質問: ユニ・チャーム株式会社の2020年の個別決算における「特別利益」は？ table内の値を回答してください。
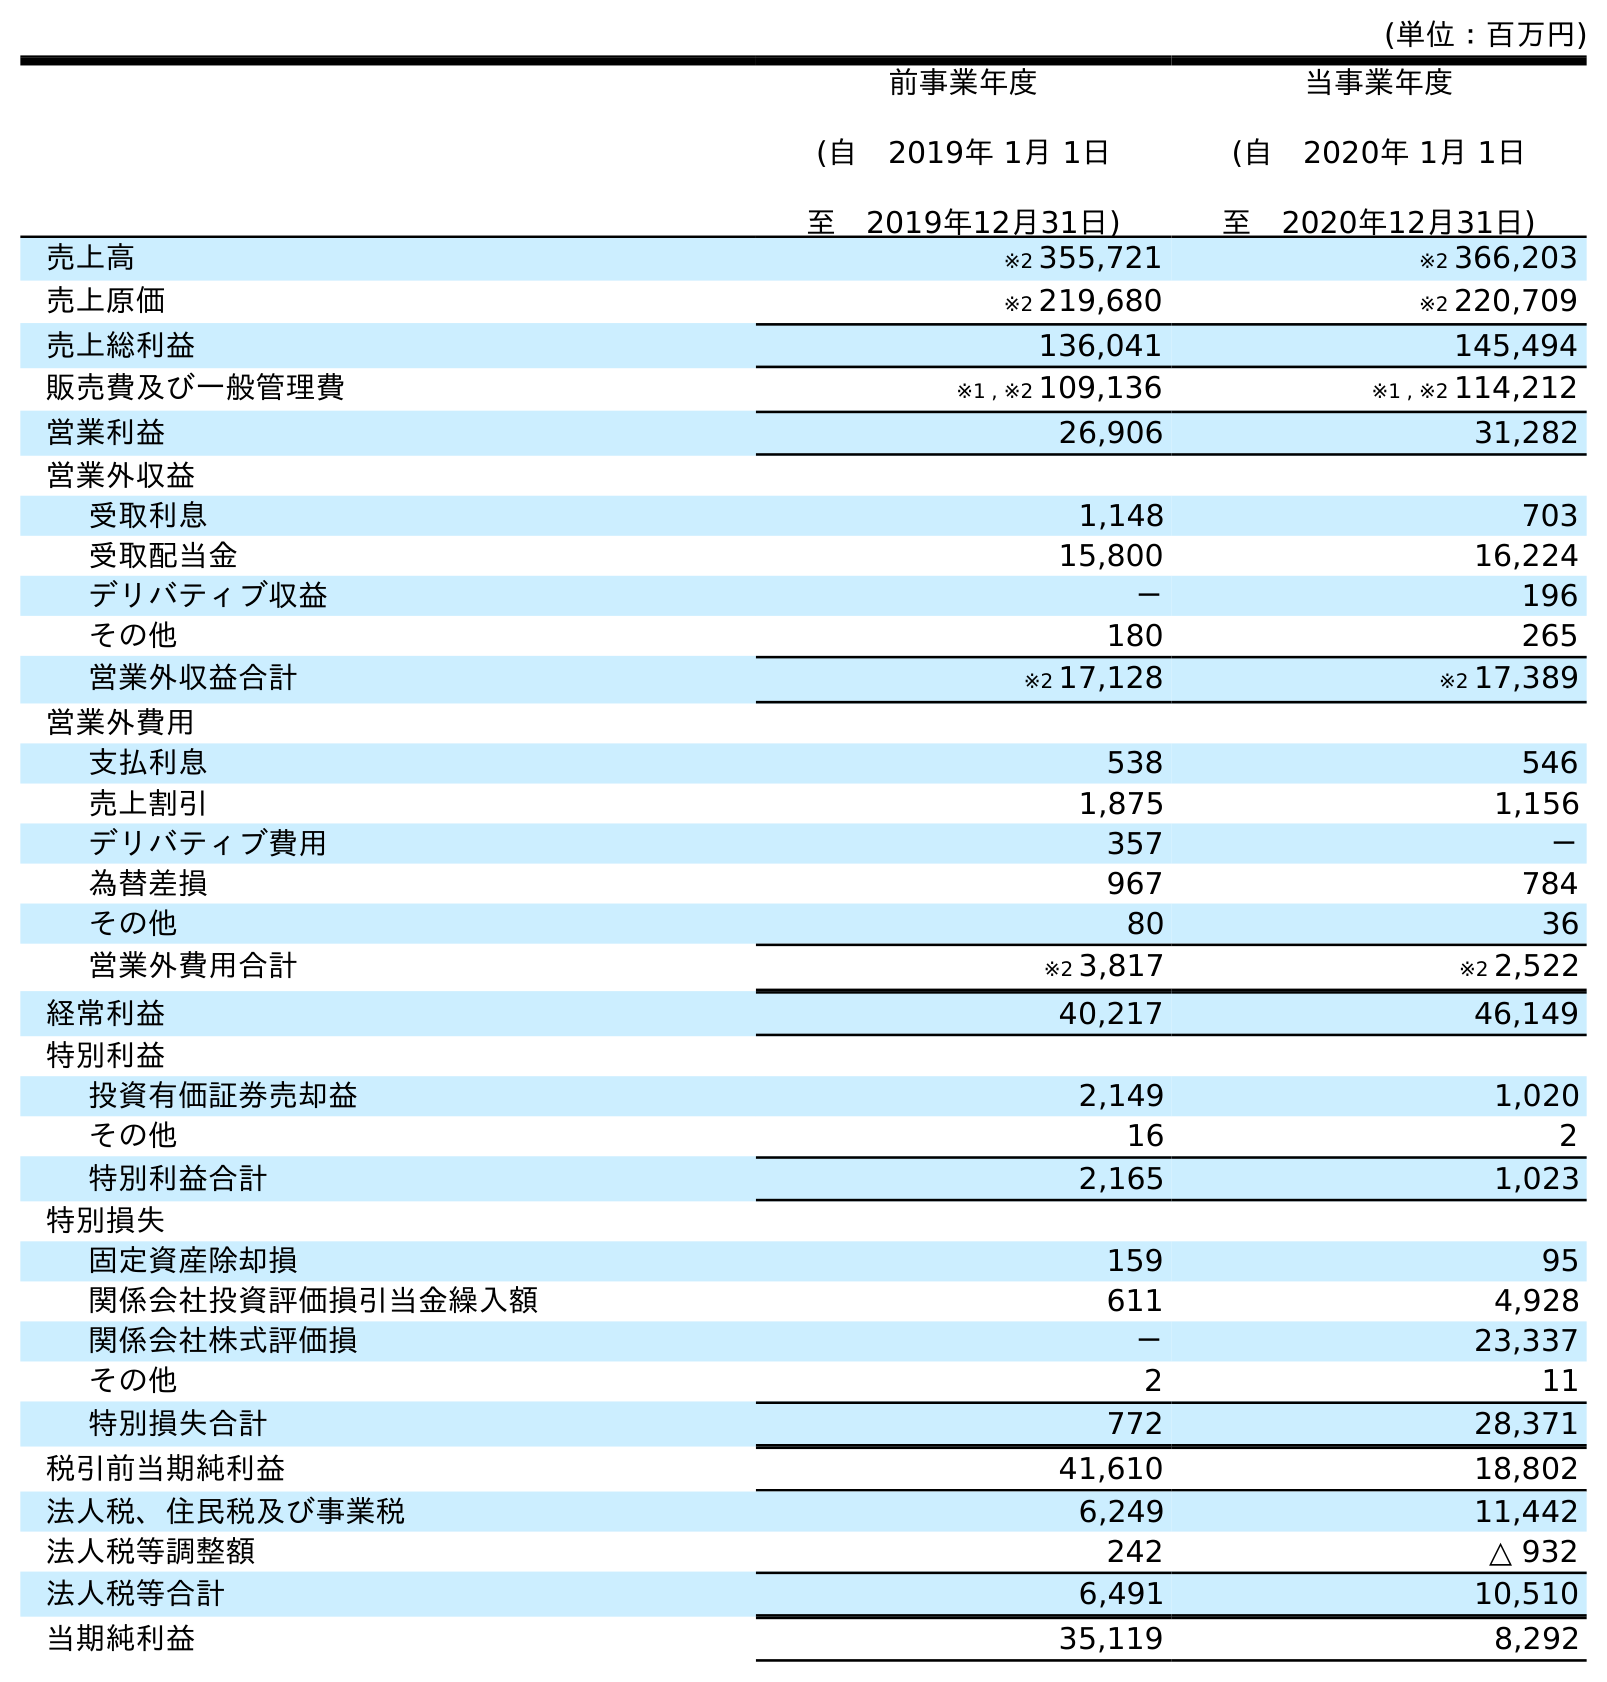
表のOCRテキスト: (単位：百万円) 前事業年度 (自 2019年 1月 1日 至 2019年12月31日) 当事業年度 (自 2020年 1月 1日 至 2020年12月31日) 売上高 ※2 355,721 ※2 366,203 売上原価 ※2 219,680 ※2 220,709 売上総利益 136,041 145,494 販売費及び一般管理費 ※1 , ※2 109,136 ※1 , ※2 114,212 営業利益 26,906 31,282 営業外収益 受取利息 1,148 703 受取配当金 15,800 16,224 デリバティブ収益 － 196 その他 180 265 営業外収益合計 ※2 17,128 ※2 17,389 営業外費用 支払利息 538 546 売上割引 1,875 1,156 デリバティブ費用 357 － 為替差損 967 784 その他 80 36 営業外費用合計 ※2 3,817 ※2 2,522 経常利益 40,217 46,149 特別利益 投資有価証券売却益 2,149 1,020 その他 16 2 特別利益合計 2,165 1,023 特別損失 固定資産除却損 159 95 関係会社投資評価損引当金繰入額 611 4,928 関係会社株式評価損 － 23,337 その他 2 11 特別損失合計 772 28,371 税引前当期純利益 41,610 18,802 法人税、住民税及び事業税 6,249 11,442 法人税等調整額 242 △ 932 法人税等合計 6,491 10,510 当期純利益 35,119 8,292
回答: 1,023